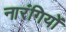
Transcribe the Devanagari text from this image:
नारंगियों